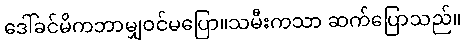
ဒေါ်ခင်မိကဘာမျှဝင်မပြော။သမီးကသာ ဆက်ပြောသည်။